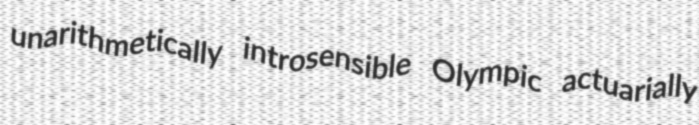
unarithmetically introsensible Olympic actuarially